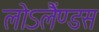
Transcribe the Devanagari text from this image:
लोऽलैंण्डस